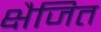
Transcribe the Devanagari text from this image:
क्षैजित